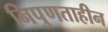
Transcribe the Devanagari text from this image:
निपुणताहीन